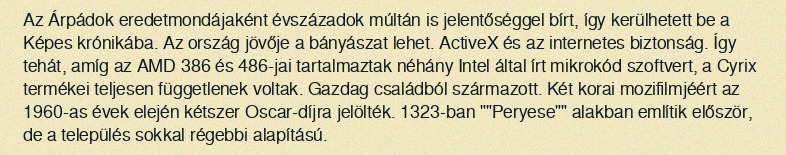
Az Árpádok eredetmondájaként évszázadok múltán is jelentőséggel bírt, így kerülhetett be a Képes krónikába. Az ország jövője a bányászat lehet. ActiveX és az internetes biztonság. Így tehát, amíg az AMD 386 és 486-jai tartalmaztak néhány Intel által írt mikrokód szoftvert, a Cyrix termékei teljesen függetlenek voltak. Gazdag családból származott. Két korai mozifilmjéért az 1960-as évek elején kétszer Oscar-díjra jelölték. 1323-ban ""Peryese"" alakban említik először, de a település sokkal régebbi alapítású.